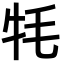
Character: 牦